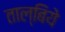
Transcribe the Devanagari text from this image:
ताल्बिये